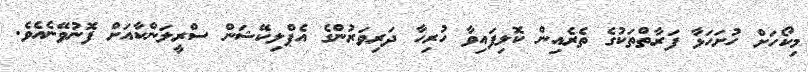
މިކޯހަށް ހުށަހަޅާ ފަރާތްތަކުގެ ތެރެއިން ކޮލިފައިވާ ހުރިހާ ދަރިވަރުންގެ އެޕްލިކޭޝަން ސްރީލަންކާއަށް ފޮނުވޭނެއެވެ.